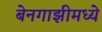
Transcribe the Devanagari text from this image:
बेनगाझीमध्ये